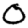
Digit: 0